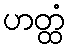
ဟတ္ထံ